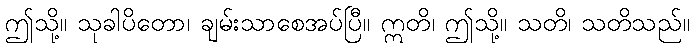
ဤသို့။ သုခါပိတော၊ ချမ်းသာစေအပ်ပြီ။ ဣတိ၊ ဤသို့။ သတိ၊ သတိသည်။